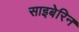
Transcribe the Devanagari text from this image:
साइबेरिन